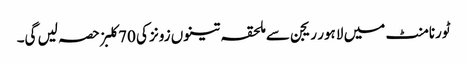
ٹورنامنٹ میں لاہور ریجن سے ملحقہ تینوں زونز کی 70کلبز حصہ لیں گی۔